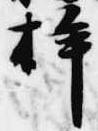
桙